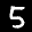
Label: 5